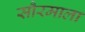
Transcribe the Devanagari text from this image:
सौरमाला